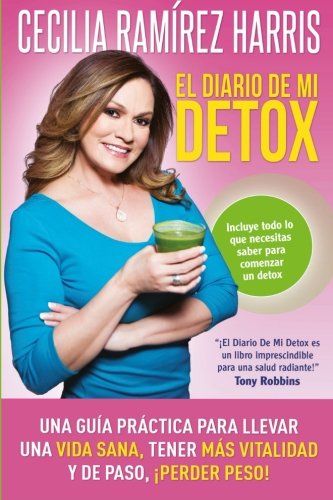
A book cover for El diario de mi detox (blanco y negro) (Spanish Edition); Cecilia RamÃ­rez Harris; Health, Fitness & Dieting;